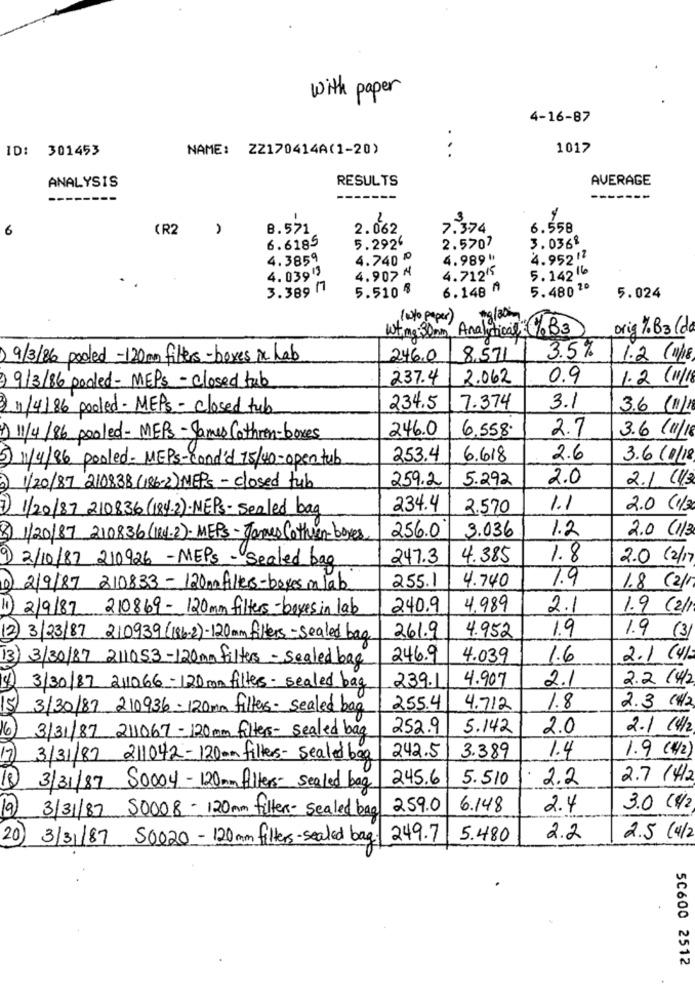
with paper
4-16-87
ID: 301453
NAME: ZZ170414A(1-20)
...
1017
ANALYSIS
RESULTS
AVERAGE
-------
-------
-
6
CR2
8.571
2.062
7.374
6.558
6.6185
3.036º
5.2924
2.5707
4.3859
4.740 ₽
4.989 "
4.952 17
5. 142 16
4.039"
4.907 ₦
4.712KS
3.389 17
5.510 %
6.148 4
5.480 2º
5.024
( wto paper )
Analytical % B3
orig % B3(da
wting : 30mm
3.5%
9/3/86 pooled -120mm filters- boxes in hab
246.0
8,571
1.2 (1/18
237.4
2.062
0.9
1.2 (1/
)9/3/86 podled- MEPs -closed tub
)1/4/86 pooled- MEPs - closed tub
234.5
7.374
3.1
3.6(1/18
246.0
6.558.
2.7
1)11/4/86 pooled- MEPS-James Cathrin-boxes
3.6 /11/18
5) 1/4/86 pooled- MEPS-Cond'd 15/40-open tub
253.4
6.618
2.6
3.6/1/18
259.2
5.292
2.0
2.1. 11/3
2) 1/20/87 210838(186-2) MEPs - closed tub
1) 1/20/87 210836 (184-2).NEPs- sealed bag
234.4
2.570
1.1
2.0 (1/30
3.036
1.2
2.0 (1/3
8) 1/20/87 210836 (114-2). MEPS- James Cothurn-boxes
256.0
9) 2/10/87 210926 -MEPS - Sealed bag
247.3
4.385
1.8
2.0 (2/17
255.1
4.740
7.9
1) 2/9/87 210833 - 120m filters-boxes in lab
1.8 (2/17
11) 2/9/87 210869- 120mm filters- boxes in lab
240.9
4.989
2.1
1.9 (2/1
1.9
(2) 3/23/87 210939(86-2)-120mm filters - sealed bag
261.9
4.952
1.9 (3)
13) 3/30/87 211053-120mafilters - sealed bag
246.9
4.039
1.6
2.1 (4/2
239.1
4.907
2.1
2.2 (4/2
1) 3/30/87 211066- 120 mm filters- sealed bag
5) 3/30/87 210936 - 120mm filters - sealed bag
255.4
4.712
1.8
2.3 (H/2
252.9
5.142
2.0
2.1 14/2
(6) 3/31/87 211067 - 120mm filters- sealed bag
1.4
1.9 ( 1/2)
17)
3/31/87 211042-120mm filters- sealed bog
242.5
3.389
245.6
5.510
2.2
2.7 (H/2
18
3/31/87 50004 - 120mm filters- sealed beg
3/31/87 50008- 120mm filters- sealed bag
259.0
6.148
2.4
3.0 (4/2
19
20 )
3/31/87 50020 - 120mm filters-sealed bag: 249.7
5.480
2.2
2.5 (4/2
5C600 2512